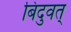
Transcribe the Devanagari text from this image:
बिंदुवत्